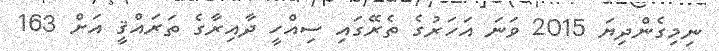
ނިމިގެންދިޔަ 2015 ވަނަ އަހަރުގެ ތެރޭގައި ސިއްހީ ދާއިރާގެ ތަރައްޤީ އަށް 163